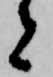
者